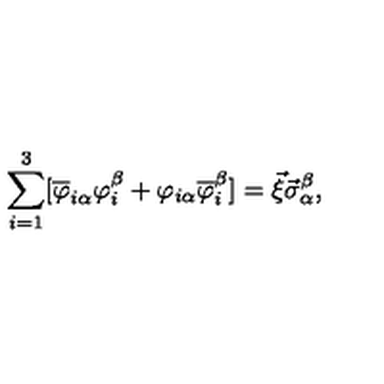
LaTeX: \sum _ { i = 1 } ^ { 3 } [ \overline { { \varphi } } _ { i \alpha } { \varphi } _ { i } ^ { \beta } + \varphi _ { i \alpha } \overline { { \varphi } } _ { i } ^ { \beta } ] = \vec { \xi } \vec { \sigma } _ { \alpha } ^ { \beta } ,